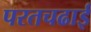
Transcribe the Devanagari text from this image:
परतचढाई